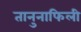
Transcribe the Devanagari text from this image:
तानुनाफिली